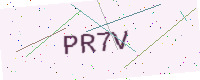
Text: PR7V